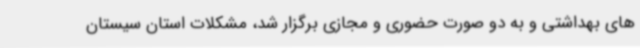
های بهداشتی و به دو صورت حضوری و مجازی برگزار شد، مشکلات استان سیستان